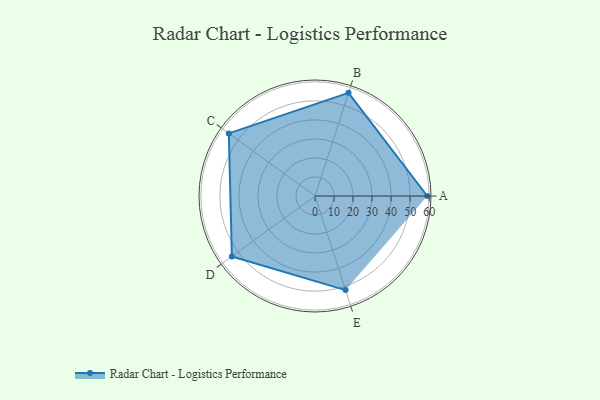
{"axis": {"x": "Skill", "y": "Score"}, "legend": ["Profile"], "data": [{"x": "A", "y": 59.0, "type": "Profile"}, {"x": "B", "y": 57.0, "type": "Profile"}, {"x": "C", "y": 56.0, "type": "Profile"}, {"x": "D", "y": 54.0, "type": "Profile"}, {"x": "E", "y": 52.0, "type": "Profile"}]}